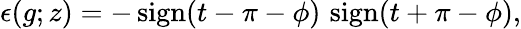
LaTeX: \epsilon(g;z)=-\, \mathrm{sign}(t-\pi-\phi)\, \, \mathrm{sign}(t+\pi-\phi),